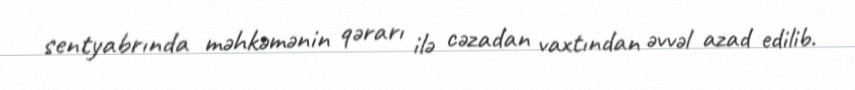
sentyabrında məhkəmənin qərarı ilə cəzadan vaxtından əvvəl azad edilib.